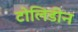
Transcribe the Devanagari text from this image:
टोलिडीन